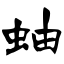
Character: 蚰